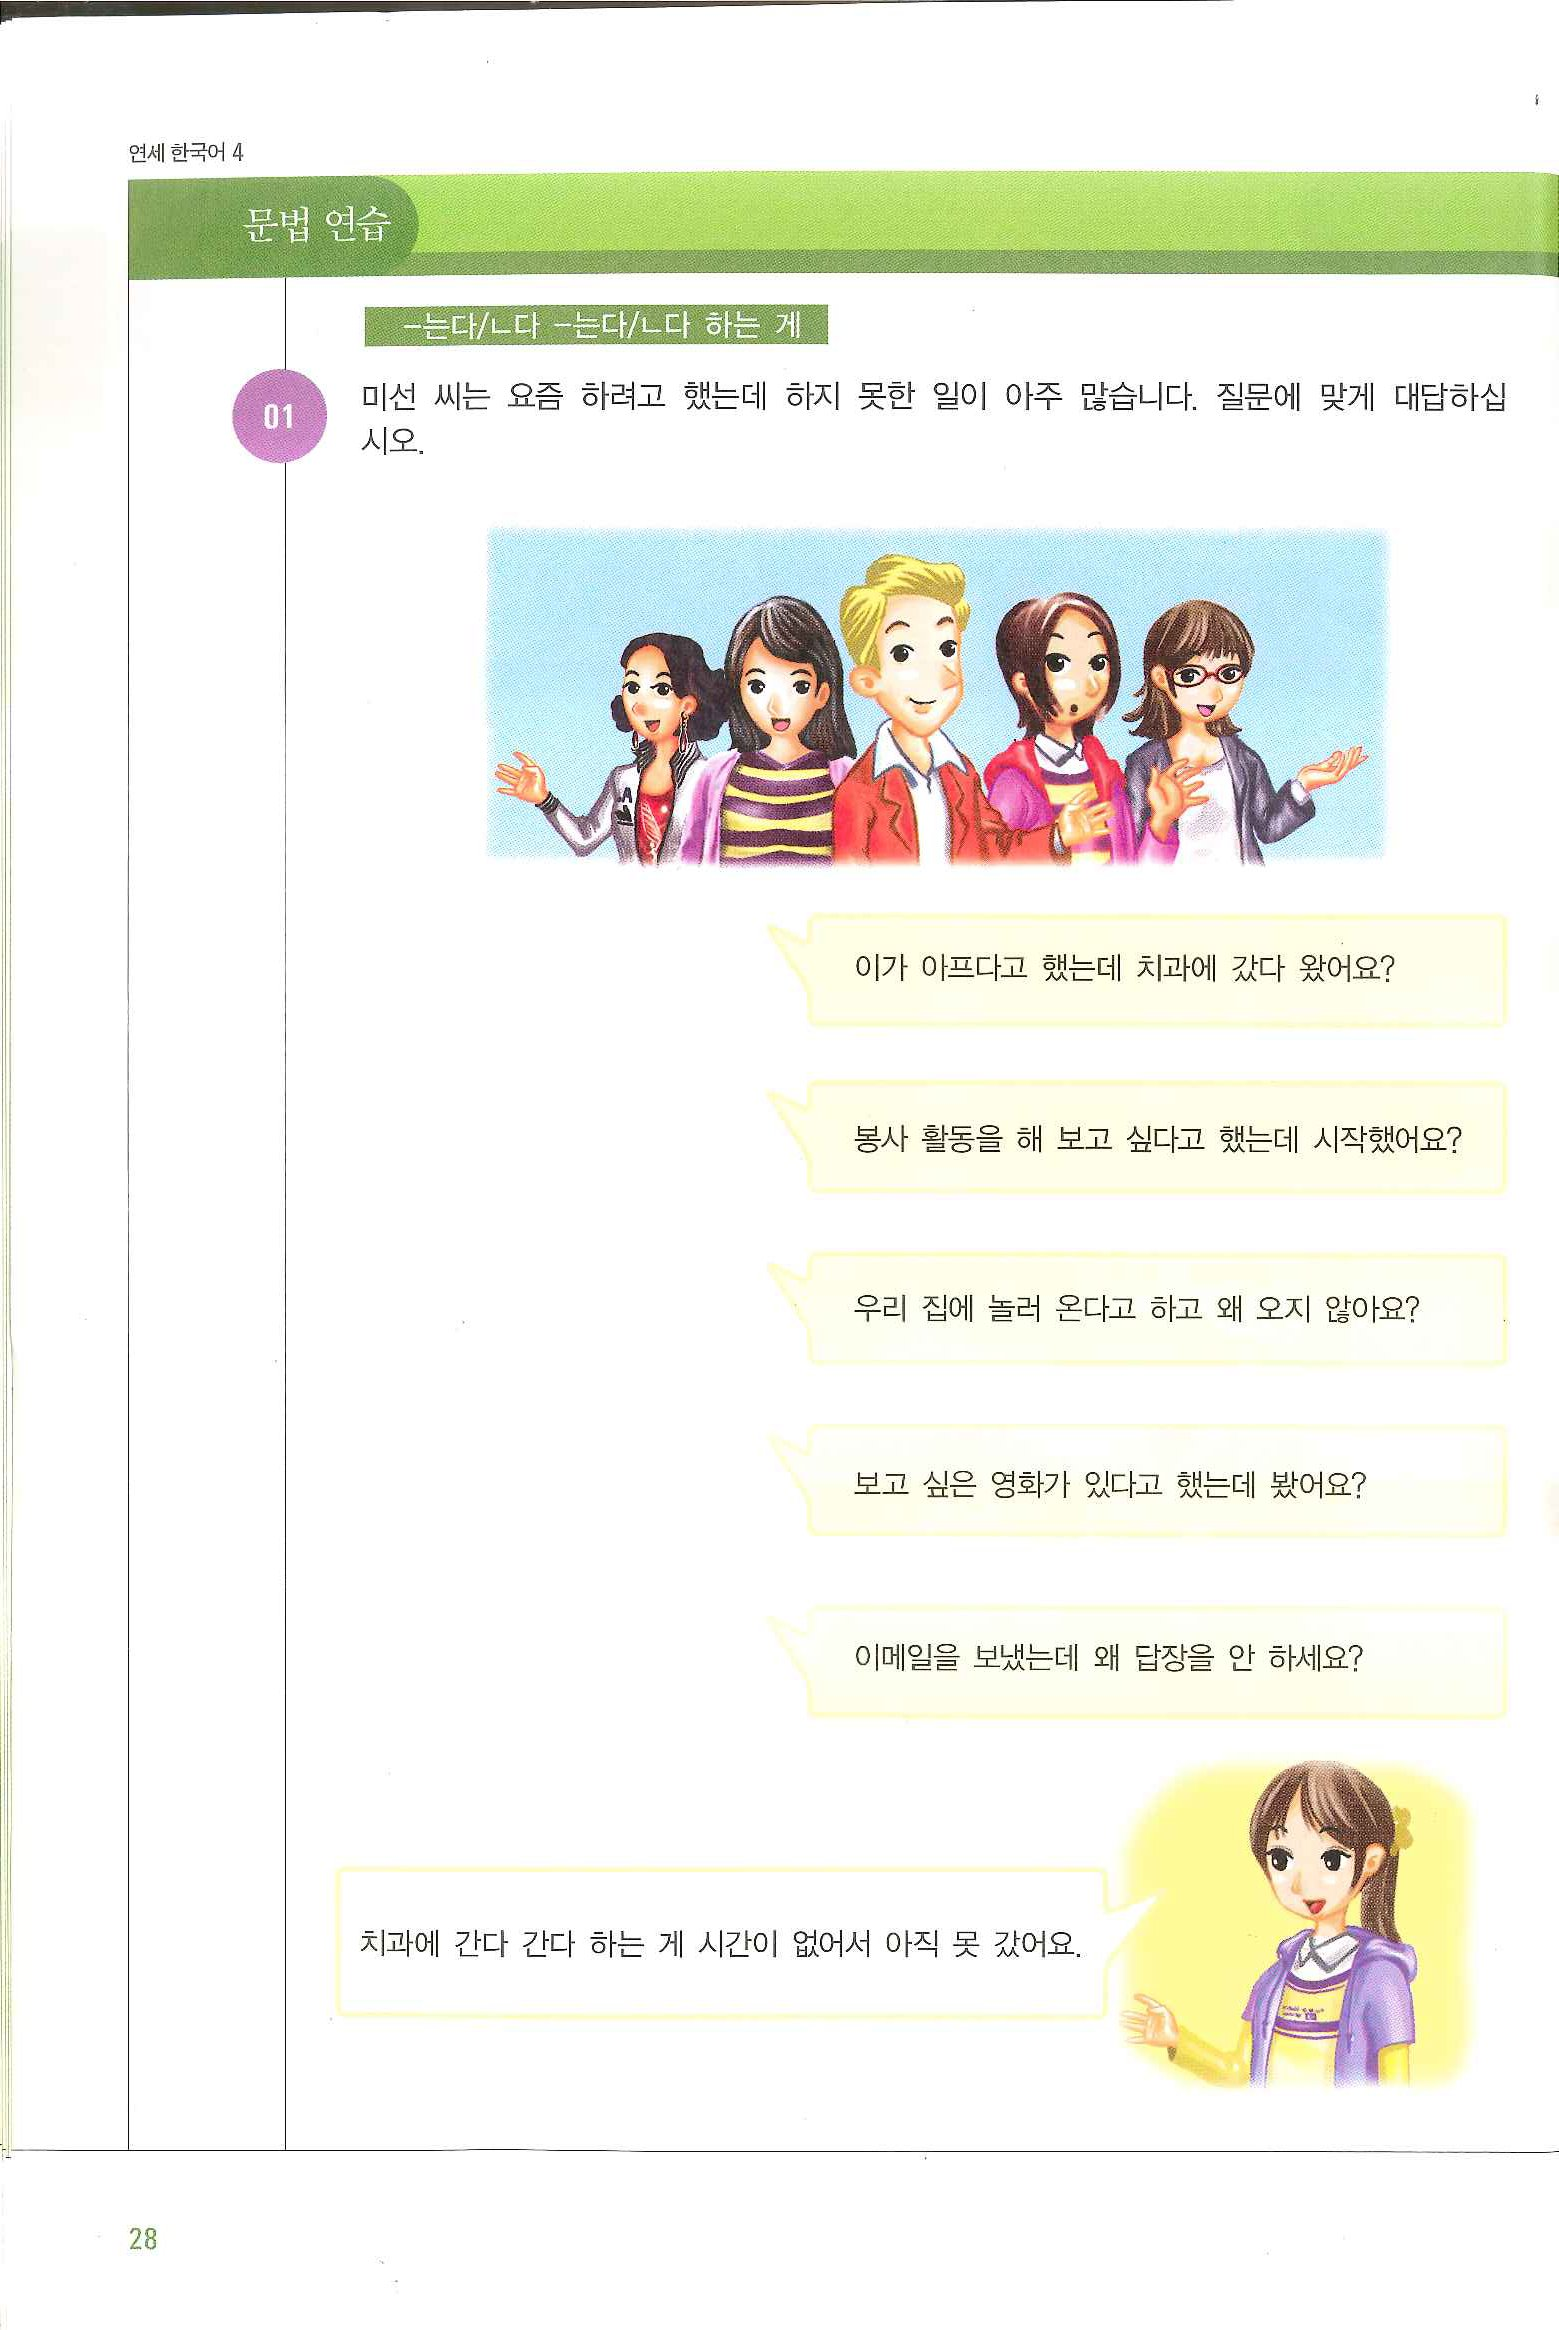
Language: ko